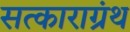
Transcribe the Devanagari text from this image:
सत्काराग्रंथ